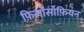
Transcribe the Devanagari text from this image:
फ़िलॉसॉफ़ियन